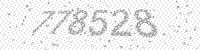
Solution: 778528